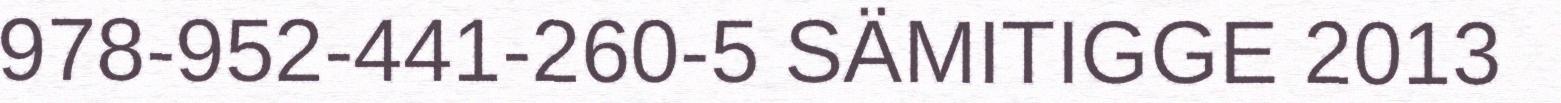
978-952-441-260-5 SÄMITIGGE 2013